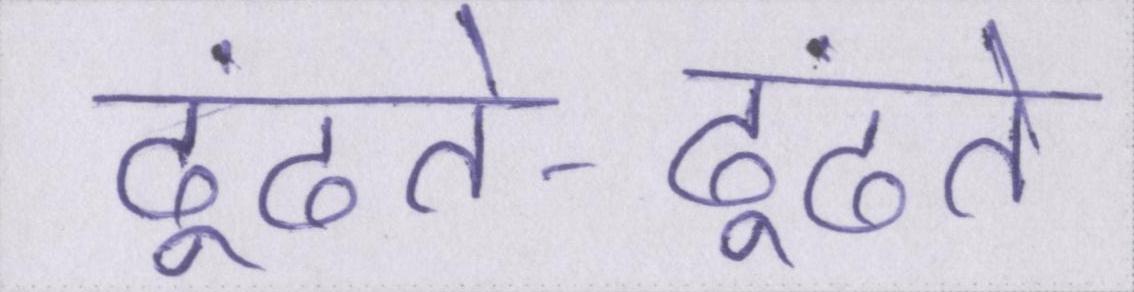
ढूंढते-ढूंढते